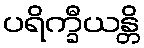
ပရိက္ခီယန္တိ